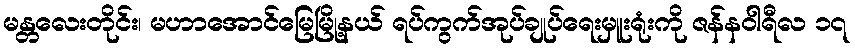
မန္တလေးတိုင်း၊ မဟာအောင်မြေမြို့နယ် ရပ်ကွက်အုပ်ချုပ်ရေးမှူးရုံးကို ဇန်နဝါရီလ ၁၇